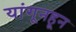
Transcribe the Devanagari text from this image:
यांगूनहून